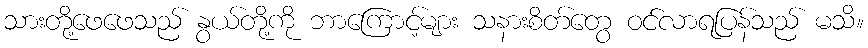
သားတို့ဖေဖေသည် နွယ်တို့ကို ဘာကြောင့်များ သနားစိတ်တွေ ဝင်လာရပြန်သည် မသိ။